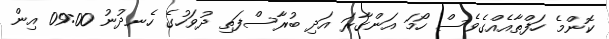
ކޮންމެ ހަފްތާއެއްގެވެސް ހޯމަ އަންގާރަ އަދި ބުރާސްފަތި ދުވަހުގެ ހެނދުނު 09:00 އިން